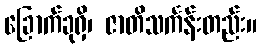
ခြောက်ခုရှိ၊ ဇာတိသင်္ကန်းတည်း။